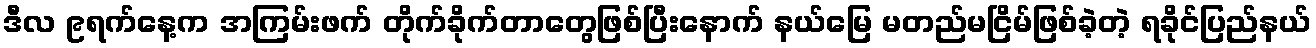
ဒီလ ၉ရက်နေ့က အကြမ်းဖက် တိုက်ခိုက်တာတွေဖြစ်ပြီးနောက် နယ်မြေ မတည်မငြိမ်ဖြစ်ခဲ့တဲ့ ရခိုင်ပြည်နယ်